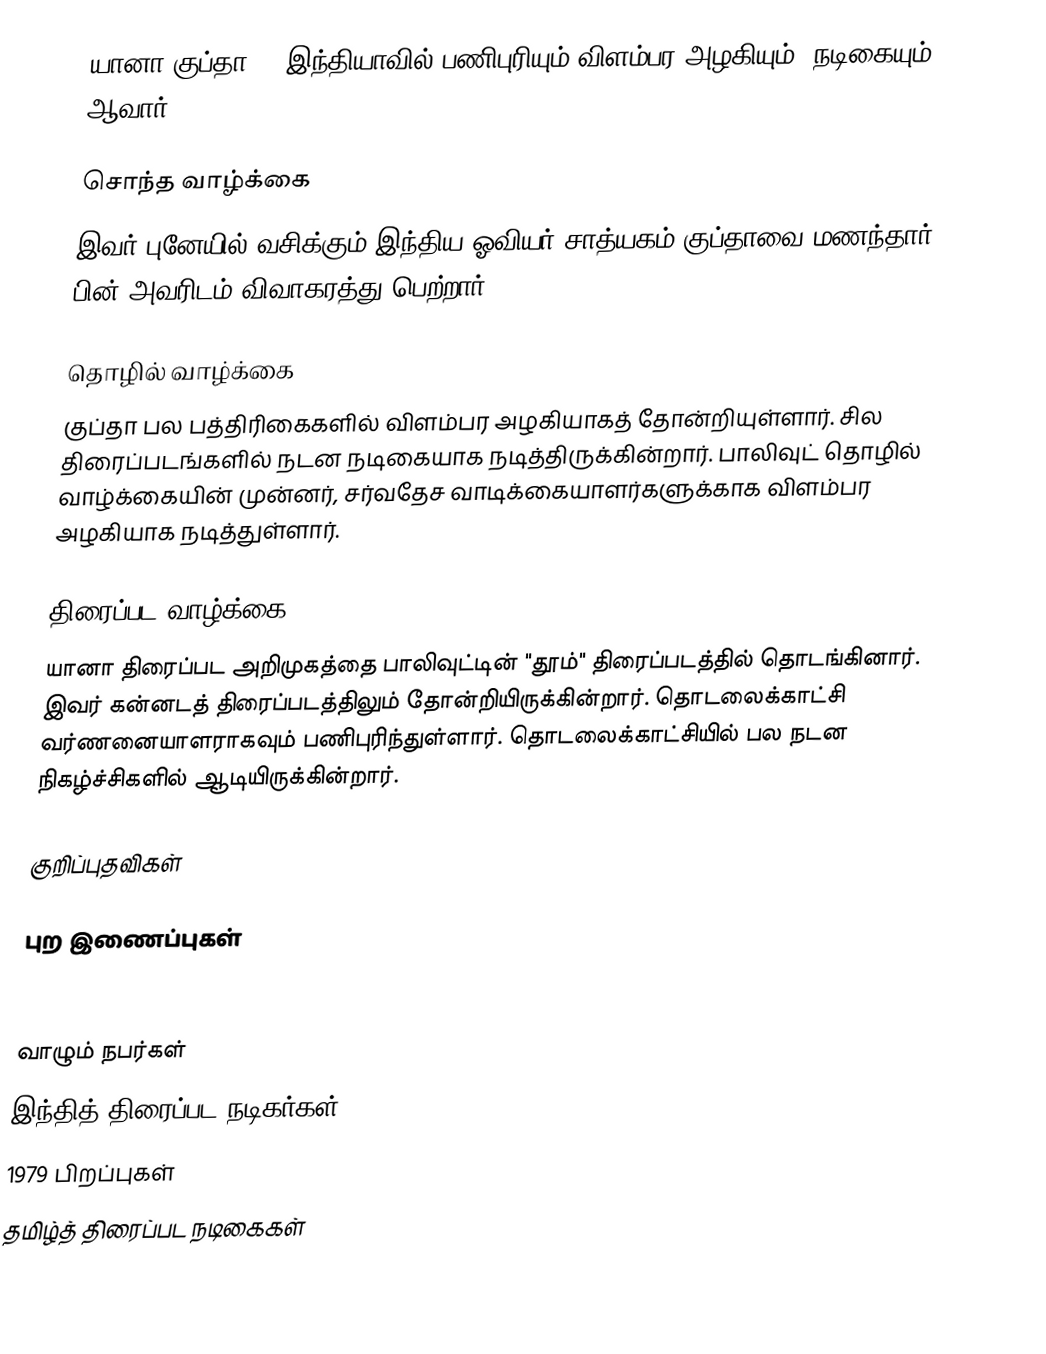
யானா குப்தா () இந்தியாவில் பணிபுரியும் விளம்பர அழகியும், நடிகையும் ஆவார்.

சொந்த வாழ்க்கை
இவர் புனேயில் வசிக்கும் இந்திய ஓவியர் சாத்யகம் குப்தாவை மணந்தார். பின் அவரிடம் விவாகரத்து பெற்றார்.

தொழில் வாழ்க்கை
குப்தா பல பத்திரிகைகளில் விளம்பர அழகியாகத் தோன்றியுள்ளார். சில திரைப்படங்களில் நடன நடிகையாக நடித்திருக்கின்றார். பாலிவுட் தொழில் வாழ்க்கையின் முன்னர், சர்வதேச வாடிக்கையாளர்களுக்காக விளம்பர அழகியாக நடித்துள்ளார்.

திரைப்பட வாழ்க்கை
யானா திரைப்பட அறிமுகத்தை பாலிவுட்டின் "தூம்" திரைப்படத்தில் தொடங்கினார். இவர் கன்னடத் திரைப்படத்திலும் தோன்றியிருக்கின்றார். தொடலைக்காட்சி வர்ணனையாளராகவும் பணிபுரிந்துள்ளார். தொடலைக்காட்சியில் பல நடன நிகழ்ச்சிகளில் ஆடியிருக்கின்றார்.

குறிப்புதவிகள்

புற இணைப்புகள்

வாழும் நபர்கள்
இந்தித் திரைப்பட நடிகர்கள்
1979 பிறப்புகள்
தமிழ்த் திரைப்பட நடிகைகள்